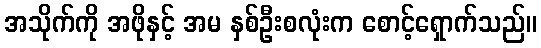
အသိုက်ကို အဖိုနှင့် အမ နှစ်ဦးစလုံးက စောင့်ရှောက်သည်။